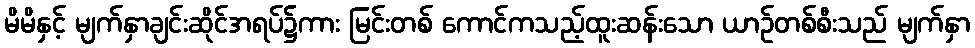
မိမိနှင့် မျက်နှာချင်းဆိုင်အရပ်၌ကား မြင်းတစ် ကောင်ကသည့်ထူးဆန်းသော ယာဉ်တစ်စီးသည် မျက်နှာ